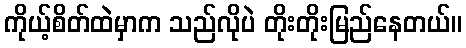
ကိုယ့်စိတ်ထဲမှာက သည်လိုပဲ တိုးတိုးမြည်နေတယ်။